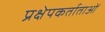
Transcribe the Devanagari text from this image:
प्रक्षेपकर्ताताओं